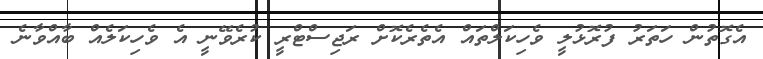
އެގޮތުން ހަތަރު ފުރޮޅުލީ ވެހިކަލްތައް އެތެރެކޮށް ރަޖިސްޓްރީ ކުރެވޭނީ އެ ވެހިކަލެއް ބާއްވާނެ